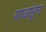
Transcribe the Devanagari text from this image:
गावांहून